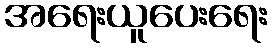
အရေးယူပေးရေး